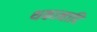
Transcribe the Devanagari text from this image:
थकानादि